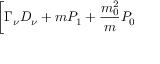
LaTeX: \biggl [ \Gamma _ { \nu } D _ { \nu } + m P _ { 1 } + \frac { m _ { 0 } ^ { 2 } } { m } P _ { 0 }